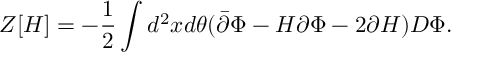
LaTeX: Z [ H ] = - \frac { 1 } { 2 } \int d ^ { 2 } x d \theta ( \bar { \partial } \Phi - H \partial \Phi - 2 \partial H ) D \Phi .